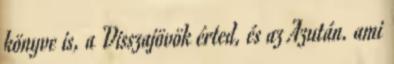
könyve is, a Visszajövök érted, és az Azután. ami